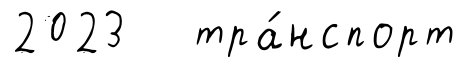
2023 тра́нспорт